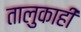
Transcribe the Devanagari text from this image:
तालुकाही